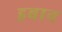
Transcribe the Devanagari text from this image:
इबान